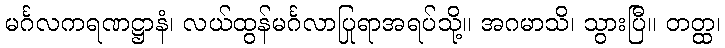
မင်္ဂလကရဏဋ္ဌာနံ၊ လယ်ထွန်မင်္ဂလာပြုရာအရပ်သို့။ အဂမာသိ၊ သွားပြီ။ တတ္ထ၊